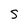
Character: s